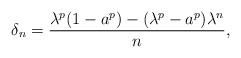
LaTeX: \begin{align*}\delta_n=\frac{\lambda^p(1-a^p)-(\lambda^p-a^p)\lambda^n}{n},\end{align*}